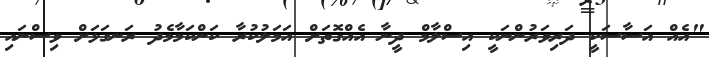
"އެއް އަސާސަކީ ދަރިވަރުންނަކީ އިސްލާމް ދީނާ އެއްގޮތަށް އަމަލުކުރާ ކަންކަމާމެދު ރަނގަޅަށް ވިސްނައި